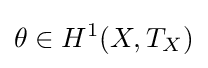
\theta \in H^{1}(X,T_{X})